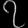
Digit: ၇